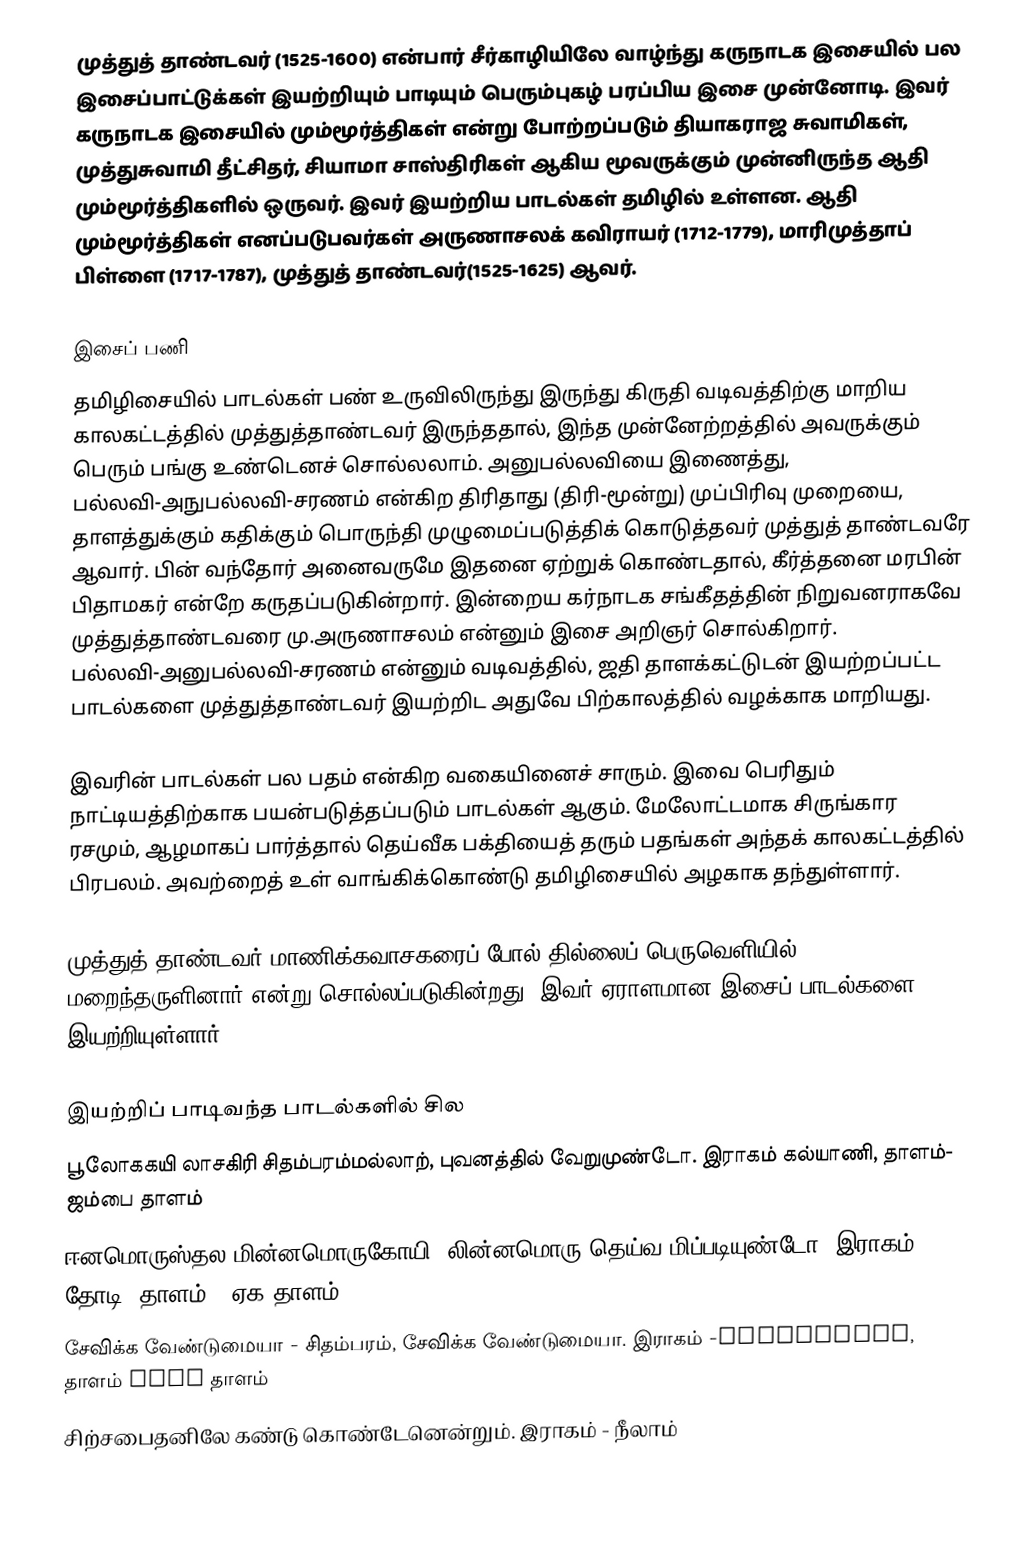
முத்துத் தாண்டவர் (1525-1600) என்பார் சீர்காழியிலே வாழ்ந்து கருநாடக இசையில் பல இசைப்பாட்டுக்கள் இயற்றியும் பாடியும் பெரும்புகழ் பரப்பிய இசை முன்னோடி. இவர் கருநாடக இசையில் மும்மூர்த்திகள் என்று போற்றப்படும் தியாகராஜ சுவாமிகள், முத்துசுவாமி தீட்சிதர், சியாமா சாஸ்திரிகள் ஆகிய மூவருக்கும் முன்னிருந்த ஆதி மும்மூர்த்திகளில் ஒருவர். இவர் இயற்றிய பாடல்கள் தமிழில் உள்ளன. ஆதி மும்மூர்த்திகள் எனப்படுபவர்கள் அருணாசலக் கவிராயர் (1712-1779), மாரிமுத்தாப் பிள்ளை (1717-1787), முத்துத் தாண்டவர்(1525-1625) ஆவர்.

இசைப் பணி
தமிழிசையில் பாடல்கள் பண் உருவிலிருந்து இருந்து கிருதி வடிவத்திற்கு மாறிய காலகட்டத்தில் முத்துத்தாண்டவர் இருந்ததால், இந்த முன்னேற்றத்தில் அவருக்கும் பெரும் பங்கு உண்டெனச் சொல்லலாம். அனுபல்லவியை இணைத்து, பல்லவி-அநுபல்லவி-சரணம் என்கிற திரிதாது (திரி-மூன்று) முப்பிரிவு முறையை, தாளத்துக்கும் கதிக்கும் பொருந்தி முழுமைப்படுத்திக் கொடுத்தவர் முத்துத் தாண்டவரே ஆவார். பின் வந்தோர் அனைவருமே இதனை ஏற்றுக் கொண்டதால், கீர்த்தனை மரபின் பிதாமகர் என்றே கருதப்படுகின்றார். இன்றைய கர்நாடக சங்கீதத்தின் நிறுவனராகவே முத்துத்தாண்டவரை மு.அருணாசலம் என்னும் இசை அறிஞர் சொல்கிறார். பல்லவி-அனுபல்லவி-சரணம் என்னும் வடிவத்தில், ஜதி தாளக்கட்டுடன் இயற்றப்பட்ட பாடல்களை முத்துத்தாண்டவர் இயற்றிட அதுவே பிற்காலத்தில் வழக்காக மாறியது.

இவரின் பாடல்கள் பல பதம் என்கிற வகையினைச் சாரும். இவை பெரிதும் நாட்டியத்திற்காக பயன்படுத்தப்படும் பாடல்கள் ஆகும். மேலோட்டமாக சிருங்கார ரசமும், ஆழமாகப் பார்த்தால் தெய்வீக பக்தியைத் தரும் பதங்கள் அந்தக் காலகட்டத்தில் பிரபலம். அவற்றைத் உள் வாங்கிக்கொண்டு தமிழிசையில் அழகாக தந்துள்ளார்.

முத்துத் தாண்டவர் மாணிக்கவாசகரைப் போல் தில்லைப் பெருவெளியில் மறைந்தருளினார் என்று சொல்லப்படுகின்றது. இவர் ஏராளமான இசைப் பாடல்களை இயற்றியுள்ளார்.

இயற்றிப் பாடிவந்த பாடல்களில் சில
பூலோககயி லாசகிரி சிதம்பரம்மல்லாற், புவனத்தில் வேறுமுண்டோ. இராகம் கல்யாணி, தாளம்- ஜம்பை தாளம்
ஈனமொருஸ்தல மின்னமொருகோயி, லின்னமொரு தெய்வ மிப்படியுண்டோ. இராகம் - தோடி, தாளம் - ஏக தாளம்
சேவிக்க வேண்டுமையா - சிதம்பரம், சேவிக்க வேண்டுமையா. இராகம் -aantholika, தாளம் aadi தாளம்
சிற்சபைதனிலே கண்டு கொண்டேனென்றும். இராகம் - நீலாம்